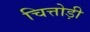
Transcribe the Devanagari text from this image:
चित्तोड़ी